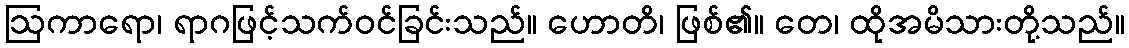
ဩကာရော၊ ရာဂဖြင့်သက်ဝင်ခြင်းသည်။ ဟောတိ၊ ဖြစ်၏။ တေ၊ ထိုအမိသားတို့သည်။